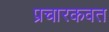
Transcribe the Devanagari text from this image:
प्रचारकवत